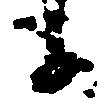
子